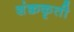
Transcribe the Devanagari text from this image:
शंक्वकृती